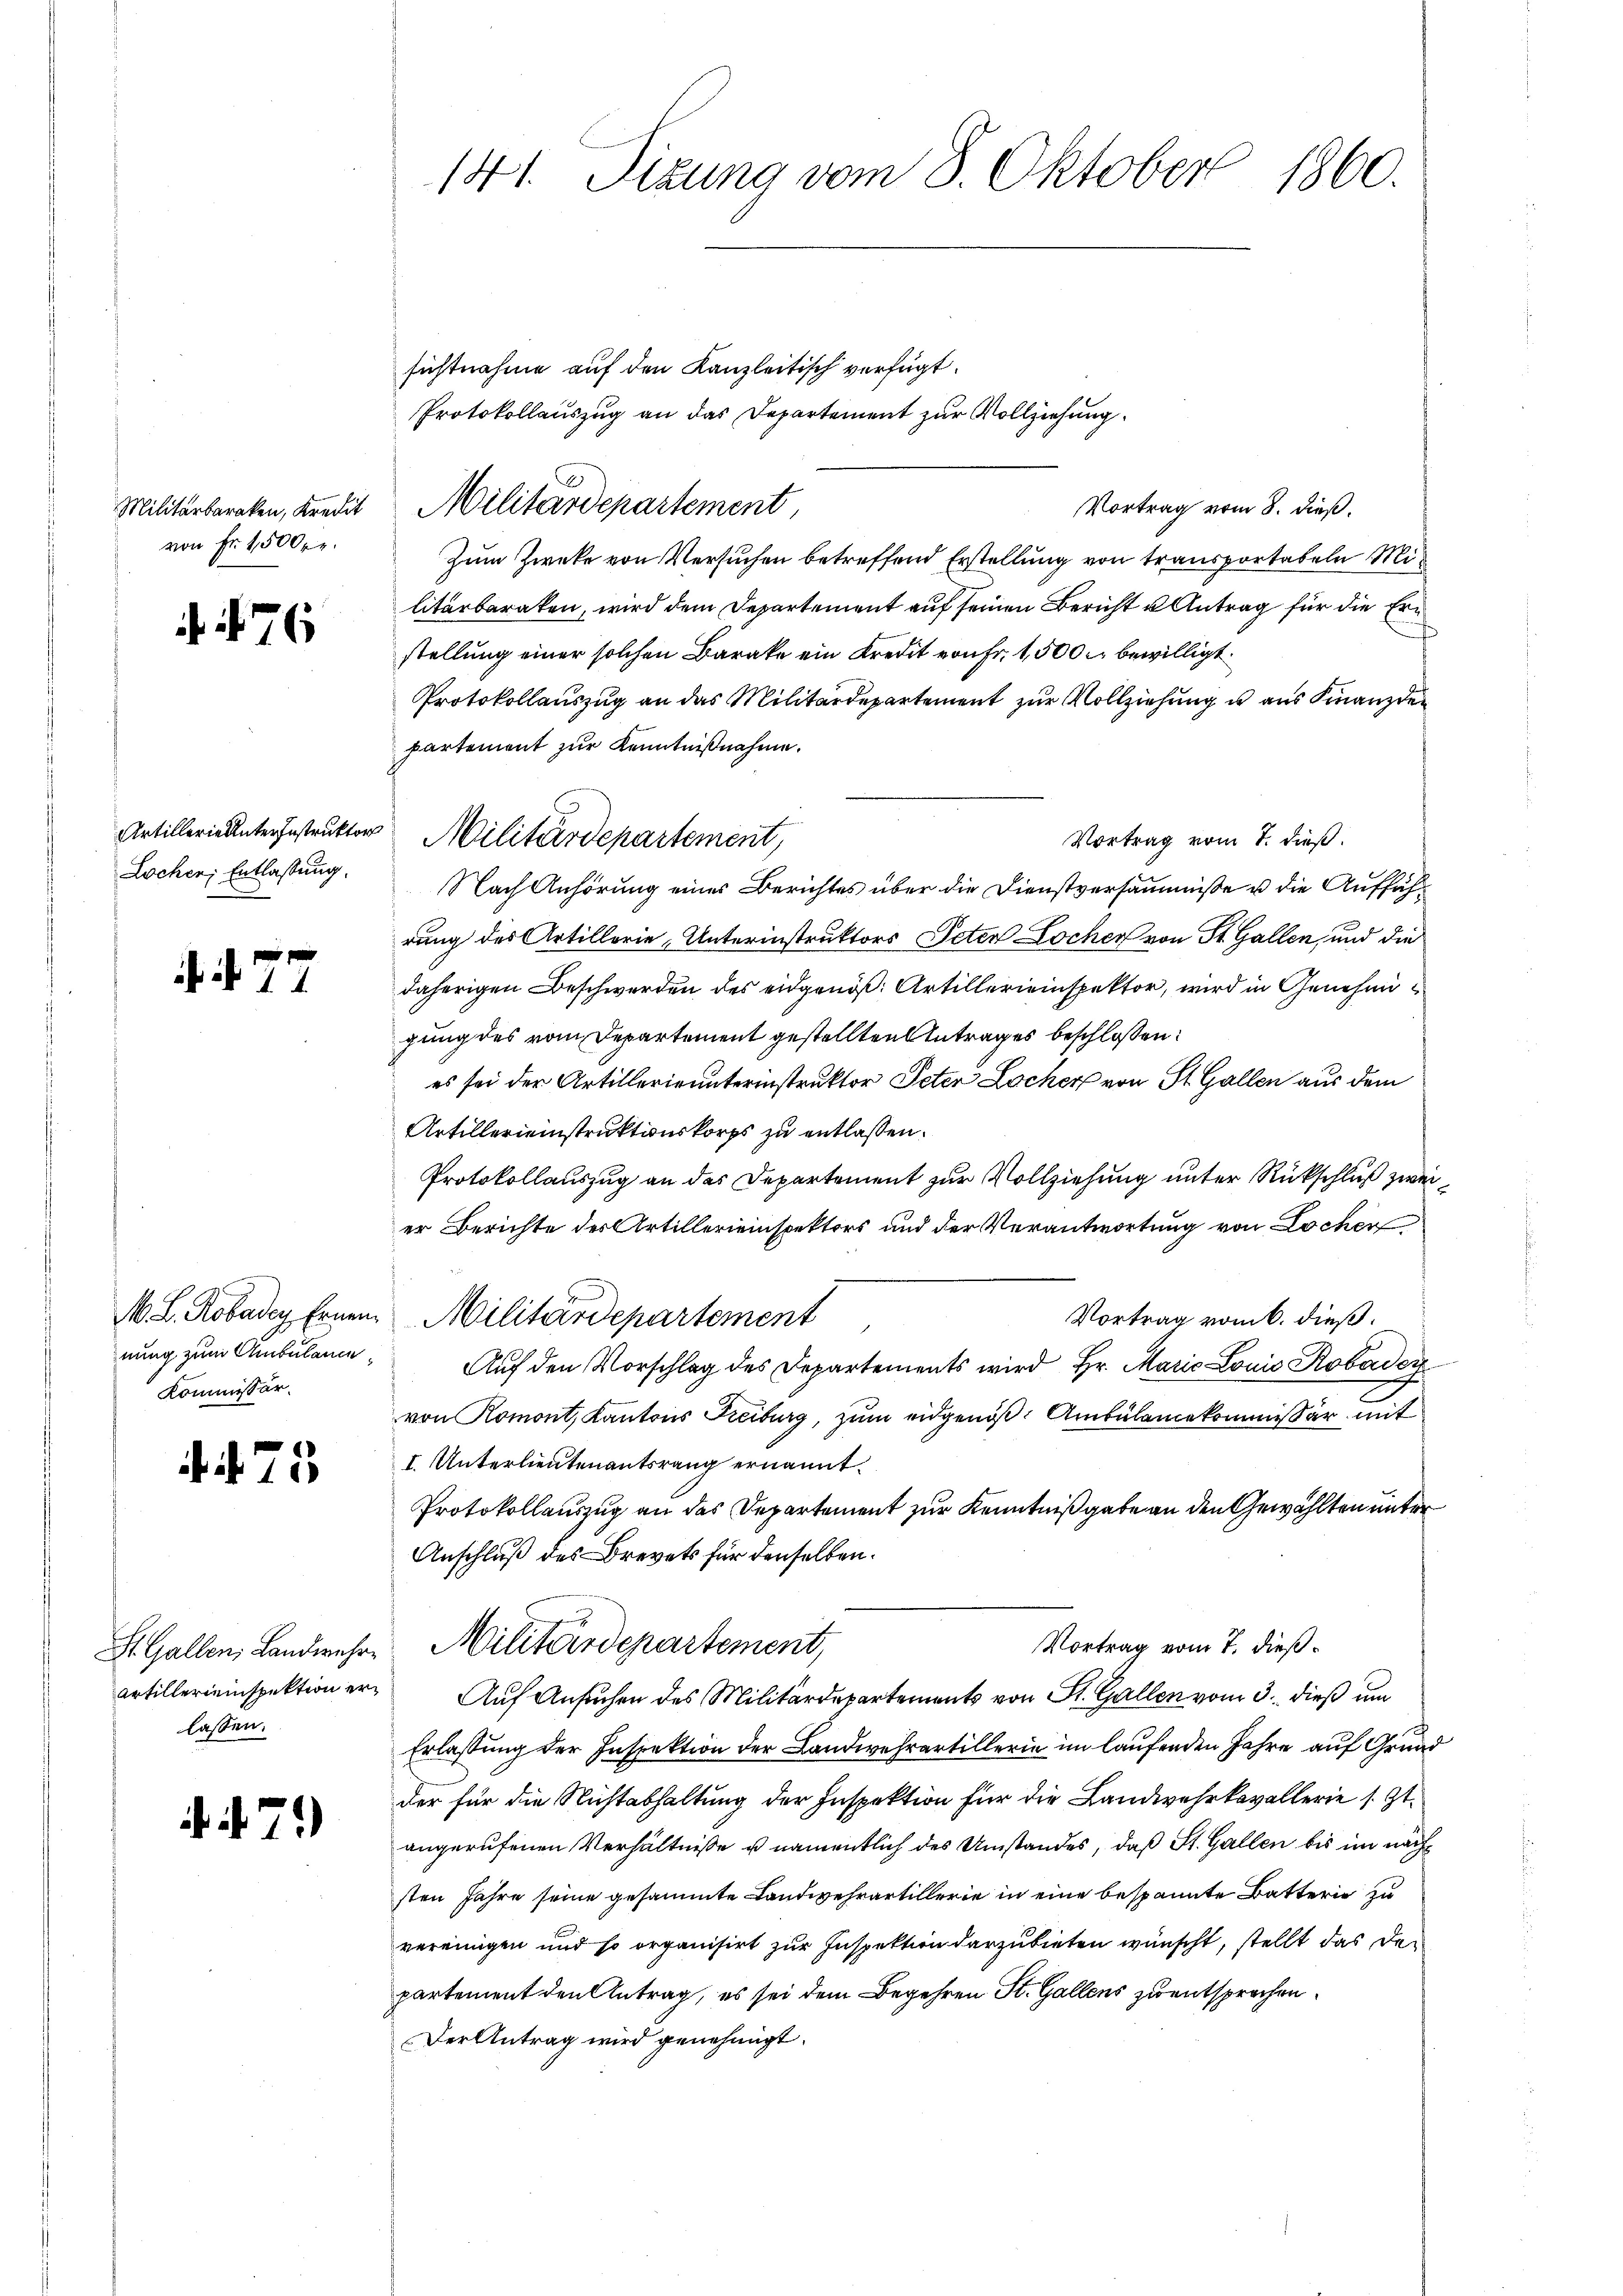
von Fr. 1500fr.

76

sichtnahme auf den Kanzleitisch verfügt:
Protokollauszug an das Departement zur Vollziehung.
Vortrag vom 8. dieß.
Zum Zwecke von Versuchen betreffend Erstellung von transportabeln Militarbaraken, wird dem Departement auf seinen Bericht u Antrag für die Erstellung einer solchen Barake ein Kredit von Fr. 1,500 c. bewilligt.
Protokollauszug an das Militärdepartement zur Vollziehung u aus Finanzde
partement zur Kenntnißnahme.
Vortrag vom 7. dieß.
Nach Anhörung eines Berichtes über die Dienstversäumnisse u die Aufführung des Artillerie-Unterinstruktors Peten Locher von St. Gallen, und die
daherigen Beschwerden des eidgenöß: Artillereinspektor, wird in Genehme i
gung des vom Departement gestellten Antrages beschlossen:
es sei der Artillerie unterinstruktor Peter Locher von St. Gallen aus dem
Artillereinstruktionskorps zu entlassen.
Protokollauszug an das Departement zur Vollziehung unter Rückschluß zweier Berichte des Artillereinspektors und der Verantwortung von Lochen
M. L. Robadey Ernen. Militärdepartement
Vortrag vom 6. dieß.
Auf den Vorschlag des Departements wird Hr. Maria Louis Robader
von Romont, Kantons Freiburg, zum eidgenöß Ambülancekommissär mit
I. Unterlieutenantsrang ernannt.
Protokollauszug an das Departement zur Kenntniß gabe an den Gewählten unter
Anschluß des Brevets für denselben.
Vortrag vom 7. dieß.
St. Gallen, Landwehre Militärdepartement,
Artillereinspektion er Auf Ansuchen des Militärdepartements von St. Gallen vom 3. dieß um
Erlassung der Inspektion der Landwehrartillerie im laufenden Jahre auf Grund
der für die Nichtabhaltung der Inspektion für die Landwehrkavallerie s. Zt.
angerufenen Verhältnisse u namentlich des Umstandes, daß St. Gallen bis im nächsten Jahre seine gesammte Landwehrartillerie in eine bespannte Batterie zu
vereinigen und so organisirt zur Inspektion darzubieten wünscht, stellt das der
partement den Antrag, es sei dem Begehren St. Gallens zu entsprochen.
Der Antrag wird genehmigt.

Lochen; Entlassung.

. . 77

nung zum Ambulance
Kommissär.

. 75

lassen.

i. N. 7)

141. Sizung vom 8. Oktober 1860.

Militärbaraken, Kredit Militärdepartement,

Artillerielleter Instruktor Militärdepartement,